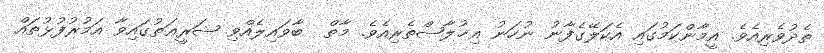
ތެދުވެރިއެވެ. އީމާންކަމުގައި އެކަލޭގެފާނު ނުހަނު އިޚުލާޞްތެރިއެވެ. މާތް  ބާވައިލެއްވި ޝަރީޢަތުގައިވާ އަމުރުފުޅުތައް